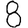
Digit: 8